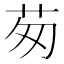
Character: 茐